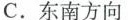
C.东南方向